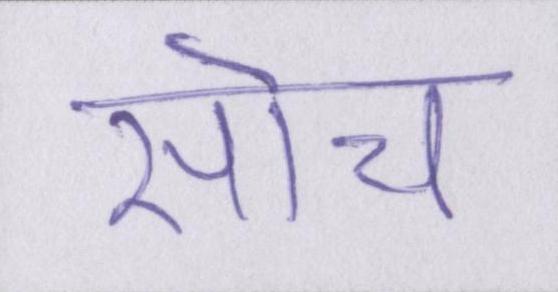
सोच